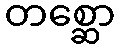
တစ္ဆော